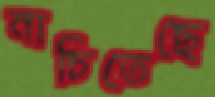
নাচিতেছে